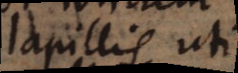
lapillis uti